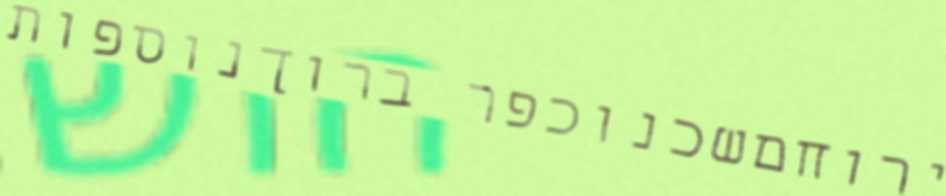
ירוחםשכנוכפר ברוךנוספות